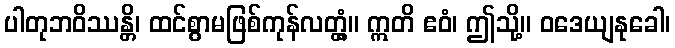
ပါတုဘဝိဿန္တိ၊ ထင်စွာမဖြစ်ကုန်လတ္တံ့။ ဣတိ ဧဝံ၊ ဤသို့။ ဝဒေယျနုခေါ၊